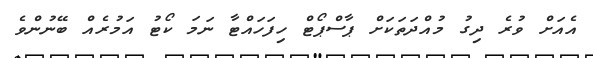
އެއަށް ވުރެ ދިގު މުއްދަތަކަށް ޕާސްޕޯޓް ހިފަހައްޓާ ނަމަ ކޯޓު އަމުރެއް ބޭނުންވެ